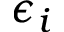
\epsilon _ { i }